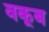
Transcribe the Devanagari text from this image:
वकूब